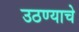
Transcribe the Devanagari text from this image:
उठण्याचे